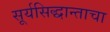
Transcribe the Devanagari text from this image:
सूर्यसिद्धान्ताचा